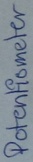
Text: Potentiometer